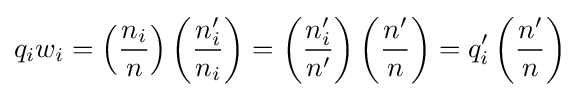
q_{i}w_{i}=\left({\frac {n_{i}}{n}}\right)\left({\frac {n_{i}'}{n_{i}}}\right)=\left({\frac {n_{i}'}{n'}}\right)\left({\frac {n'}{n}}\right)=q_{i}'\left({\frac {n'}{n}}\right)